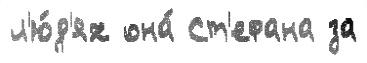
л'ю́д'ях она́ Ст'ефана за